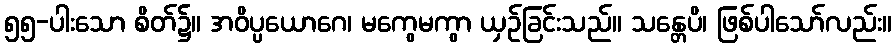
၅၅-ပါးသော စိတ်၌။ အဝိပ္ပယောဂေ၊ မကွေမကွာ ယှဉ်ခြင်းသည်။ သန္တေပိ၊ ဖြစ်ပါသော်လည်း။